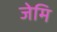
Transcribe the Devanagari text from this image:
जेमि